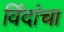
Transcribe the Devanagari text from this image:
विंदांचा